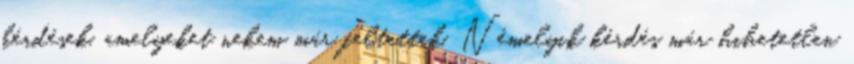
kérdések, amelyeket nekem már feltettek. Némelyik kérdés már hihetetlen